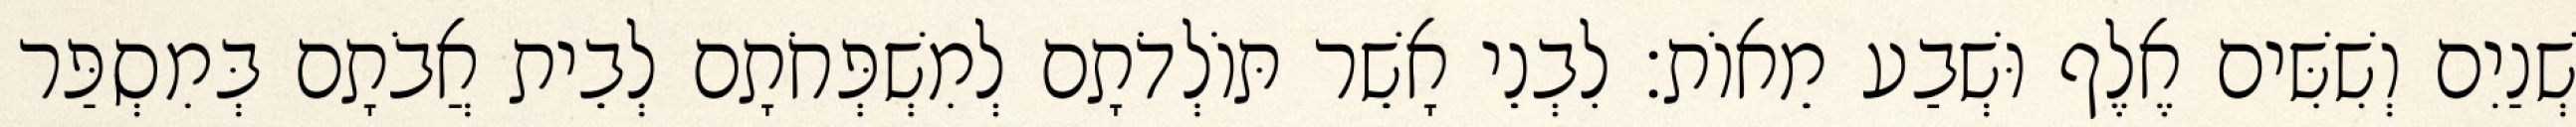
שְׁנַיִם וְשִׁשִּׁים אֶלֶף וּשְׁבַע מֵאוֹת׃ לִבְנֵי אָשֵׁר תּוֹלְדֹתָם לְמִשְׁפְּחֹתָם לְבֵית אֲבֹתָם בְּמִסְפַּר